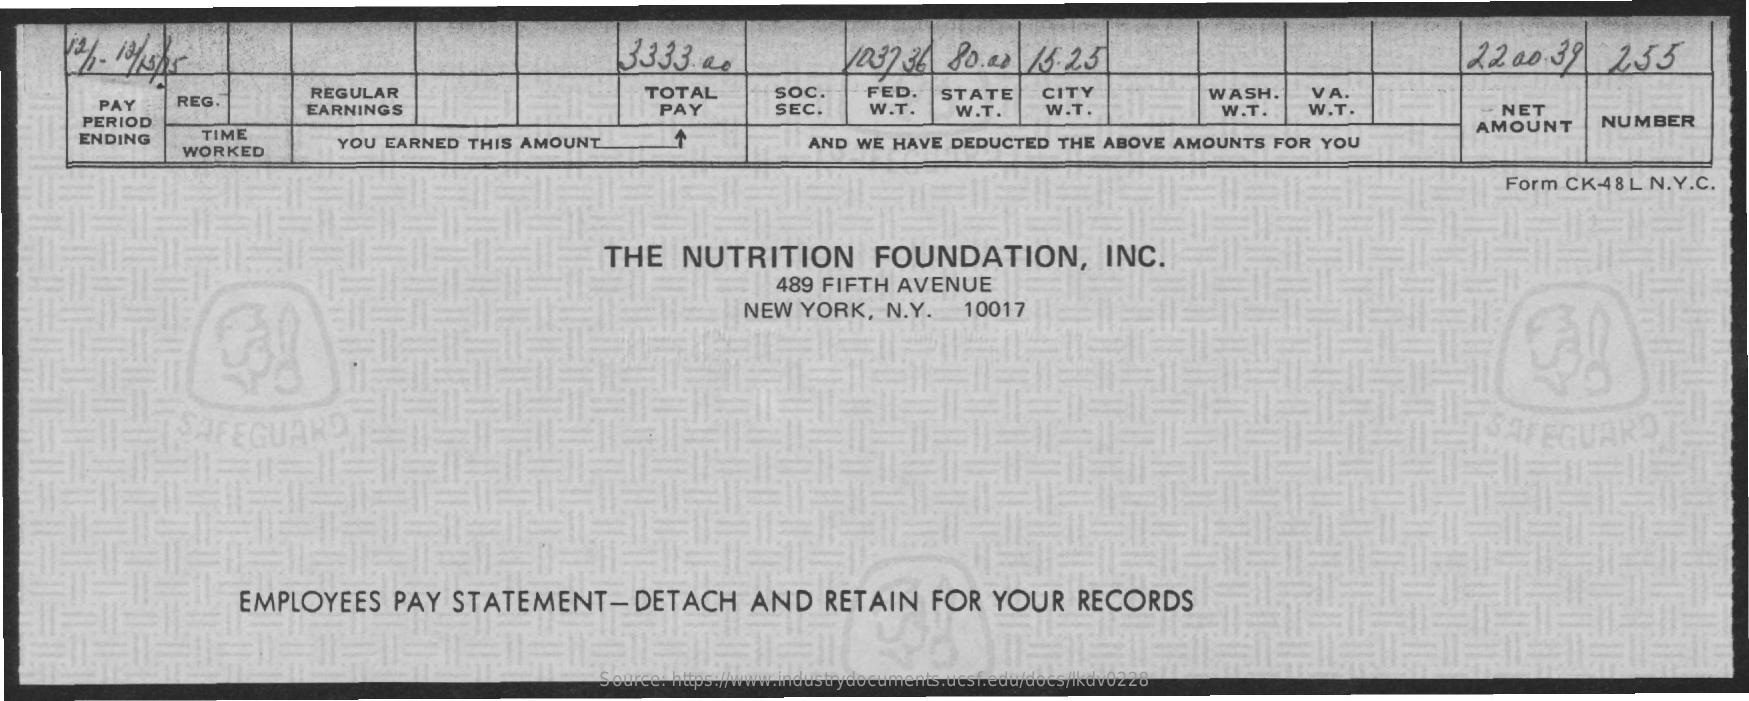
3333.00    1037  36  80.00    15:23    22.00.39    255
     TOTAL
     PAY    REG.
     REGULAR    FED.
     EARNINGS
     SOC.
     SEC.
     STATE    CITY
     W.T.
     WASH.    VA.
     PERIOD
     PAY    W.T.    W.T.    W.T.    W.T.    -. NET
     TIME
     YOU  EARNED   THIS AMOUNT    AND  WE  HAVE  DEDUCTED    THE  ABOVE  AMOUNTS    FOR  YOU
     AMOUNT    NUMBER
     ENDING
     WORKED
     Form  CK-48  L N.Y.C.
     THE    NUTRITION    FOUNDATION,    INC.
     489 FIFTH   AVENUE
     NEW   YORK,    N.Y.    10017
     SAFEGUARD
     EMPLOYEES    PAY    STATEMENT-DETACH    AND    RETAIN    FOR    YOUR    RECORDS
     Source: https://www.industrydocuments.ucsf.edu/docs/lkdv0228